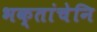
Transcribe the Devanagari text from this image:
भक्तांचेनि